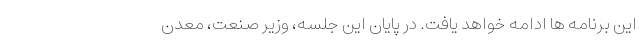
این برنامه ها ادامه خواهد یافت. در پایان این جلسه، وزیر صنعت، معدن